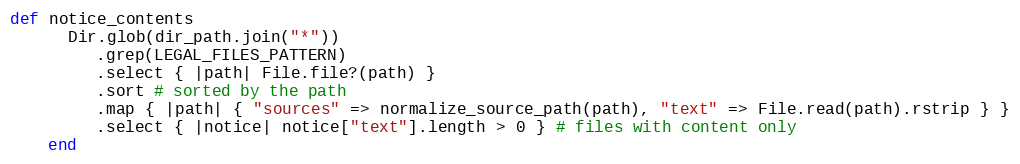
Language: Ruby
def notice_contents
      Dir.glob(dir_path.join("*"))
         .grep(LEGAL_FILES_PATTERN)
         .select { |path| File.file?(path) }
         .sort # sorted by the path
         .map { |path| { "sources" => normalize_source_path(path), "text" => File.read(path).rstrip } }
         .select { |notice| notice["text"].length > 0 } # files with content only
    end